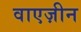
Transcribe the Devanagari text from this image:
वाएज़ीन